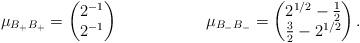
LaTeX: \begin{align*}\mu_{B_+ B_+}& = \begin{pmatrix}2^{-1}\\2^{-1}\end{pmatrix}&\mu_{B_- B_-} = \begin{pmatrix}2^{1/2} - \frac{1}{2}\\\frac{3}{2} - 2^{1/2}\end{pmatrix}.\end{align*}